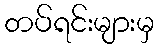
တပ်ရင်းများမှ